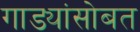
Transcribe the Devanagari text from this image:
गाड्यांसोबत